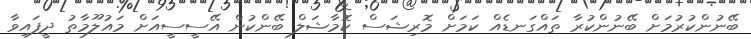
ބޭނުންކުރުމަށް ބޭނުންކުރާ ތައްގަނޑެއް ކަމަށް މޮރިޝަސް ކޮމާޝަލް ބޭންކުން އޭސީސީއަށް މައުލޫމާތު ދީފައިވާ